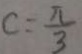
c = \frac { \pi } { 3 }